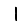
Digit: 1